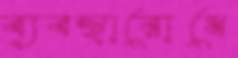
ব্যবস্থারোধে